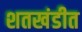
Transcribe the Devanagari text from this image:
शतखंडीत